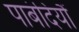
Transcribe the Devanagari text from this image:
पाबंदियौं